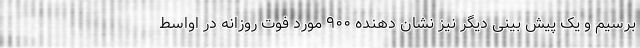
برسیم و یک پیش بینی دیگر نیز نشان دهنده ۹۰۰ مورد فوت روزانه در اواسط